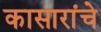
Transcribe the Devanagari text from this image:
कासारांचे